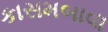
કાસમબાવા